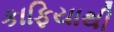
કાફિયાથી